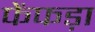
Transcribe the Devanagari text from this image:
फेंफड़ा